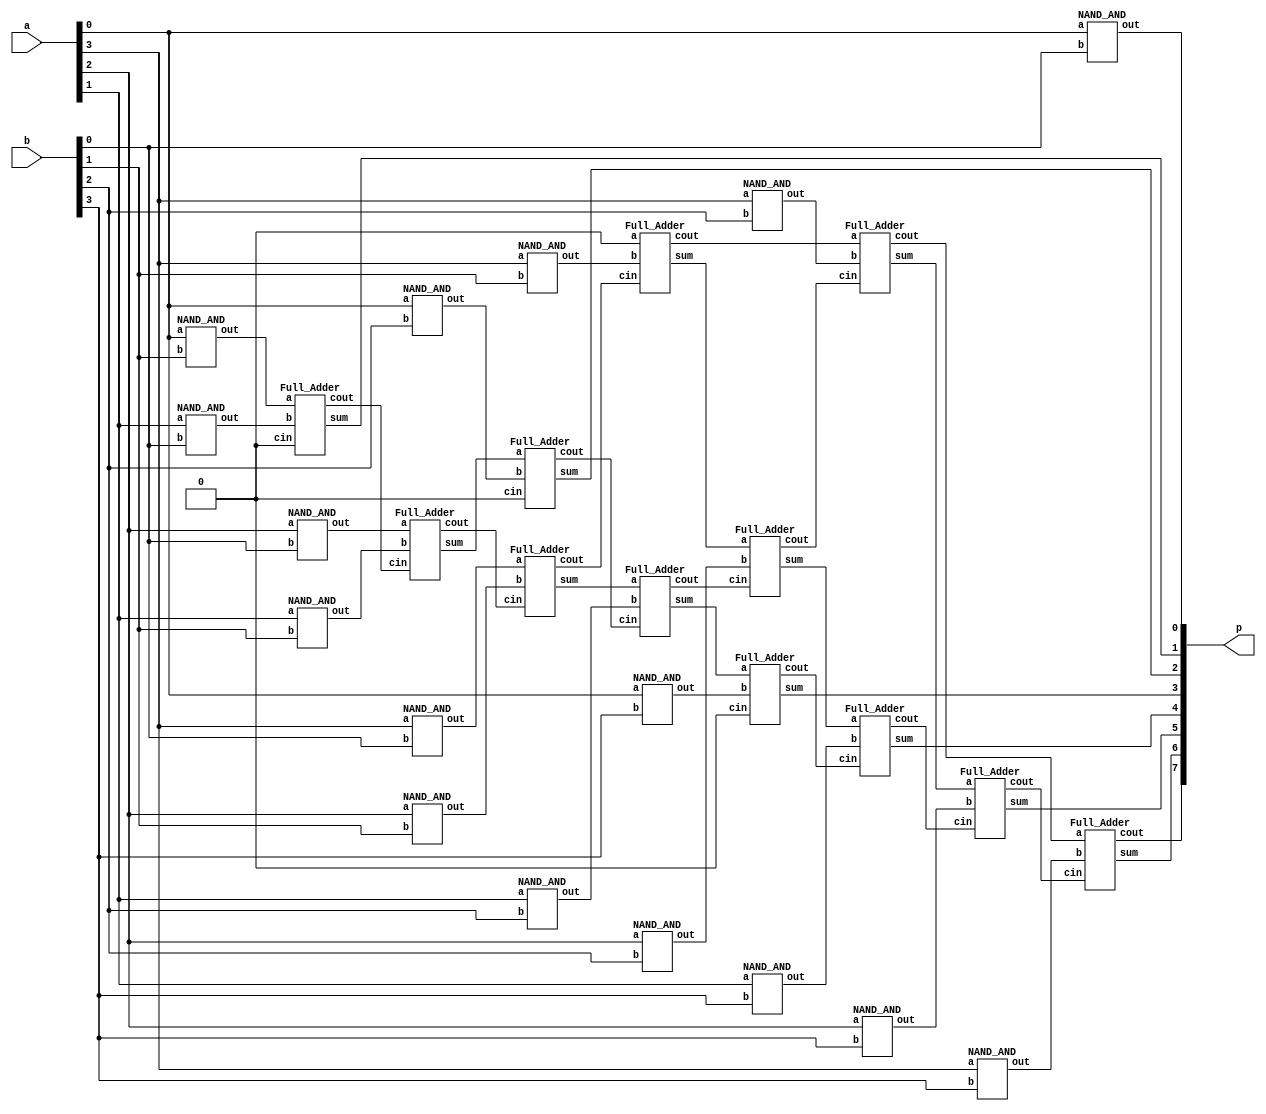
`timescale 1ns/1ps

module Multiplier_4bit(a, b, p);
input [3:0] a, b;
output [7:0] p;
reg r = 1'b0;

NAND_AND and0(.a(a[0]), .b(b[0]), .out(p[0]));

wire a0b1,a1b0,c1;
NAND_AND and1(.a(a[0]), .b(b[1]), .out(a0b1));
NAND_AND and2(.a(a[1]), .b(b[0]), .out(a1b0));
Full_Adder a1(.a(a0b1), .b(a1b0), .cin(r), .cout(c1), .sum(p[1]));

wire a2b0,a1b1,a0b2,c21,c22,s21;
NAND_AND and3(.a(a[2]), .b(b[0]), .out(a2b0));
NAND_AND and4(.a(a[1]), .b(b[1]), .out(a1b1));
NAND_AND and5(.a(a[0]), .b(b[2]), .out(a0b2));
Full_Adder a21(.a(a2b0), .b(a1b1), .cin(c1), .cout(c21), .sum(s21));
Full_Adder a22(.a(s21), .b(a0b2), .cin(r), .cout(c22), .sum(p[2]));

wire a3b0,a2b1,a1b2,a0b3,c31,c32,c33,s31,s32;
NAND_AND and6(.a(a[3]), .b(b[0]), .out(a3b0));
NAND_AND and7(.a(a[2]), .b(b[1]), .out(a2b1));
NAND_AND and8(.a(a[1]), .b(b[2]), .out(a1b2));
NAND_AND and9(.a(a[0]), .b(b[3]), .out(a0b3));
Full_Adder a31(.a(a3b0), .b(a2b1), .cin(c21), .cout(c31), .sum(s31));
Full_Adder a32(.a(s31), .b(a1b2), .cin(c22), .cout(c32), .sum(s32));
Full_Adder a33(.a(s32), .b(a0b3), .cin(r), .cout(c33), .sum(p[3]));

wire a3b1,a2b2,a1b3,c41,c42,c43,s41,s42;
NAND_AND and10(.a(a[3]), .b(b[1]), .out(a3b1));
NAND_AND and11(.a(a[2]), .b(b[2]), .out(a2b2));
NAND_AND and12(.a(a[1]), .b(b[3]), .out(a1b3));
Full_Adder a41(.a(r), .b(a3b1), .cin(c31), .cout(c41), .sum(s41));//`N
Full_Adder a42(.a(s41), .b(a2b2), .cin(c32), .cout(c42), .sum(s42));
Full_Adder a43(.a(s42), .b(a1b3), .cin(c33), .cout(c43), .sum(p[4]));

wire a3b2,a2b3,c51,c52,s51;
NAND_AND and13(.a(a[3]), .b(b[2]), .out(a3b2));
NAND_AND and14(.a(a[2]), .b(b[3]), .out(a2b3));
Full_Adder a51(.a(c41), .b(a3b2), .cin(c42), .cout(c51), .sum(s51));
Full_Adder a52(.a(s51), .b(a2b3), .cin(c43), .cout(c52), .sum(p[5]));

wire a3b3;
NAND_AND and15(.a(a[3]), .b(b[3]), .out(a3b3));
Full_Adder a61(.a(c51), .b(a3b3), .cin(c52), .cout(p[7]), .sum(p[6]));

endmodule

module Full_Adder (a, b, cin, cout, sum);
input a, b, cin;
output cout, sum;

wire sum1;

NAND_XOR S1(.a(a), .b(b), .out(sum1));
NAND_XOR S2(.a(sum1), .b(cin), .out(sum));
Majority M(.a(a), .b(b), .c(cin), .out(cout));

endmodule

module Majority(a, b, c, out);
input a, b, c;
output out;

wire andab, andbc, andac, or1;

NAND_AND AB(.a(a), .b(b), .out(andab));
NAND_AND BC(.a(b), .b(c), .out(andbc));
NAND_AND AC(.a(a), .b(c), .out(andac));
NAND_OR orf(.a(andab), .b(andac), .out(or1));
NAND_OR orl(.a(or1), .b(andbc), .out(out));
endmodule


module NAND_AND (a, b, out);
input a, b;
output out;

wire ab_n;

nand nand1(ab_n, a, b);
nand nand_not(out, ab_n, ab_n);
endmodule


module NAND_OR(a, b, out);
input a, b;
output out;

wire a_n, b_n;

nand nota(a_n, a, a);
nand notb(b_n, b, b);
nand nand1(out, a_n, b_n);
endmodule


module NAND_XOR(a, b, out);
input a, b;
output out;

wire a_n, b_n, andab, andab2;

nand nota(a_n, a, a);
nand notb(b_n, b, b);
nand nand1(andab, a, b_n);
nand nand2(andab2, a_n, b);
nand nand3(out, andab, andab2);
endmodule